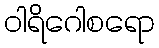
ဝါရိဂေါစရော